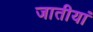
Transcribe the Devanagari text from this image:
जातीयां